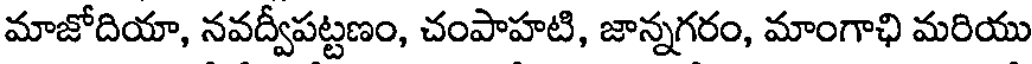
మాజోదియా, నవద్వీపట్టణం, చంపాహటి, జాన్నగరం, మాంగాఛి మరియు